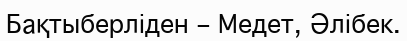
Бақтыберліден – Медет, Әлібек.